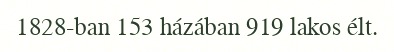
1828-ban 153 házában 919 lakos élt.